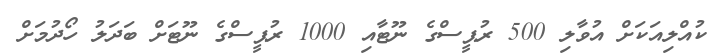
ކުއްލިއަކަށް އުވާލި 500 ރުޕީސްގެ ނޫޓާއި 1000 ރުޕީސްގެ ނޫޓަށް ބަދަލު ހޯދުމަށް